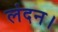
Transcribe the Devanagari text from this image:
लंदन।